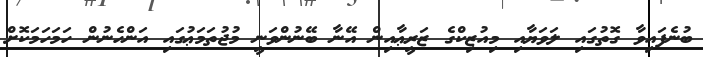
ބުނެފައިވާ ގޮތުގައި ލަވަޔާއި މިއުޒިކްގެ ޒަރީޢާއިން އޭނާ ބޭނުންވަނީ މުޖުތަމަޢުގައި އަންހެނުން ހަމަހަމަކޮށް